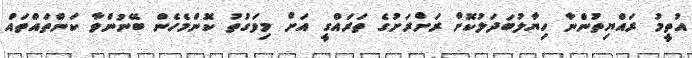
އުތީމު ރައްޔިތުންނާ ހިޔާލުބަދަލުކޮށް ރަށްރަށުގެ ތަރައްގީ އަށް މިވަގުތު ކޮންމެހެން ބޭނުންވާ ކަންތައްތައް